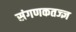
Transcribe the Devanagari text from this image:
संगणकतज्‍ज्ञ